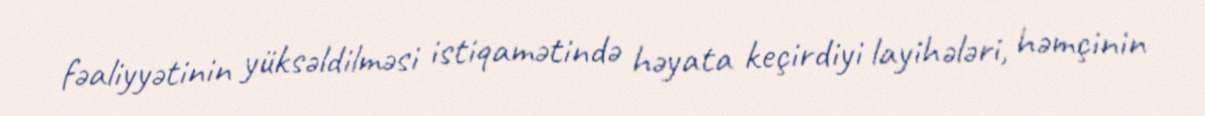
fəaliyyətinin yüksəldilməsi istiqamətində həyata keçirdiyi layihələri, həmçinin